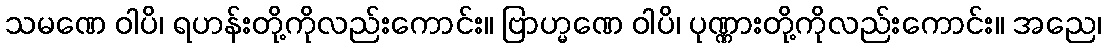
သမဏေ ဝါပိ၊ ရဟန်းတို့ကိုလည်းကောင်း။ ဗြာဟ္မဏေ ဝါပိ၊ ပုဏ္ဏားတို့ကိုလည်းကောင်း။ အညေ၊